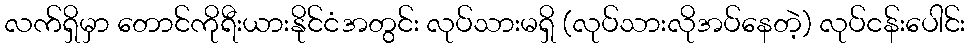
လက်ရှိမှာ တောင်ကိုရီးယားနိုင်ငံအတွင်း လုပ်သားမရှိ (လုပ်သားလိုအပ်နေတဲ့) လုပ်ငန်းပေါင်း